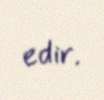
edir.